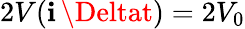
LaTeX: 2V(\mathbf{i}\, \Deltat)=2V_{0}